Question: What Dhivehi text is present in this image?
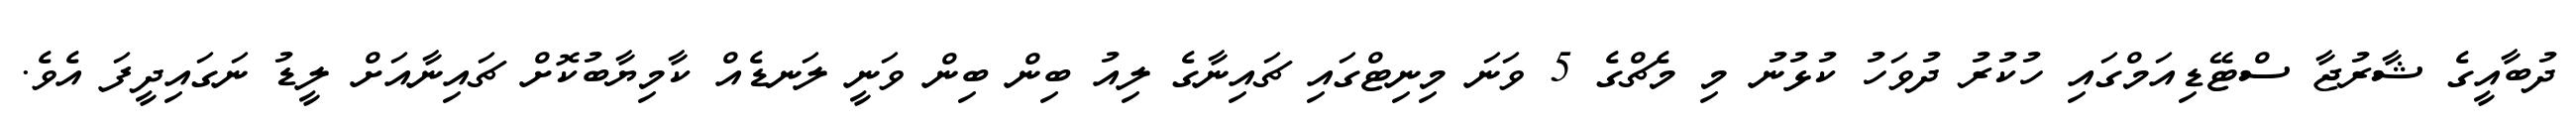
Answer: ދުބާއީގެ ޝާރުޖާ ސްޓޭޑިއަމްގައި ހުކުރު ދުވަހު ކުޅުނު މި މެޗްގެ 5 ވަނަ މިނިޓްގައި ޗައިނާގެ ލިއު ބިން ބިން ވަނީ ލަނޑެއް ކާމިޔާބުކޮށް ޗައިނާއަށް ލީޑު ނަގައިދީފަ އެވެ.